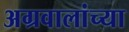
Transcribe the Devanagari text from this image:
अग्रवालांच्या